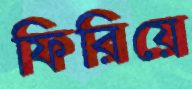
ফিরিয়ে